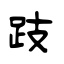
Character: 跂